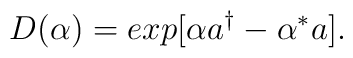
D(\alpha)=exp[\alpha a^{\dag}-\alpha^{*} a].